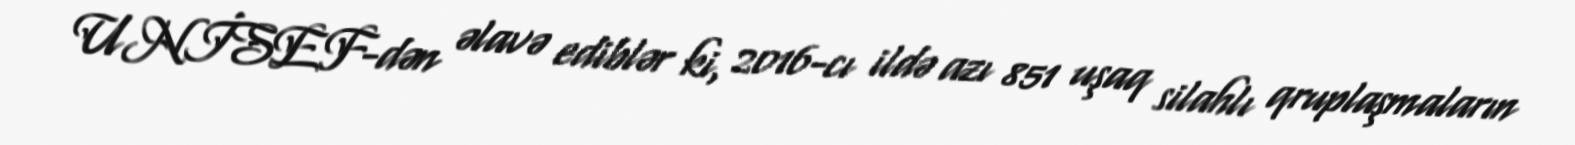
UNİSEF-dən əlavə ediblər ki, 2016-cı ildə azı 851 uşaq silahlı qruplaşmaların